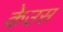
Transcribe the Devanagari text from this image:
केउस